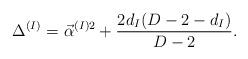
LaTeX: \begin{align*}\Delta^{(I)}=\vec\alpha^{(I)2}+{2d_I(D-2-d_I)\over D-2}.\end{align*}